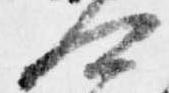
可